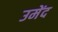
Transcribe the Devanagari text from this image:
उमेंद